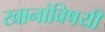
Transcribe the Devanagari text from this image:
खानांविषयी